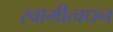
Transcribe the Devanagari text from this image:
स्वामीत्वधन